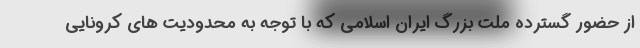
از حضور گسترده ملت بزرگ ایران اسلامی که با توجه به محدودیت های کرونایی